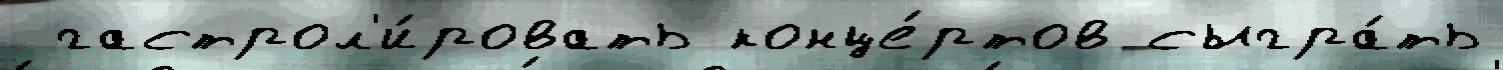
 гастрол'и́ровать конце́ртов сыгра́ть